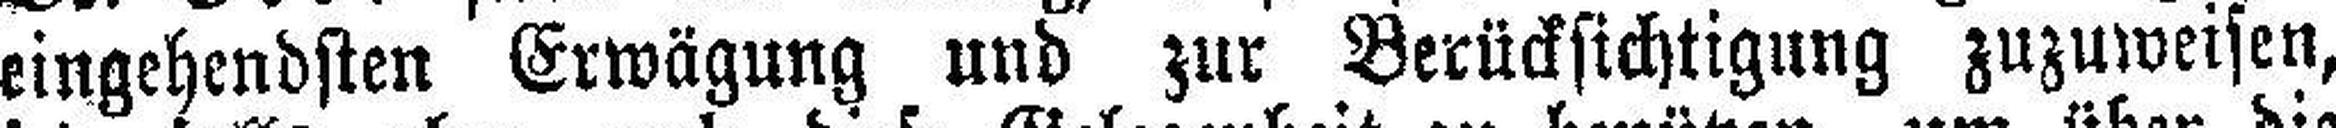
eingehendsten Erwägung und zur Berücksichtigung zuzuweisen,